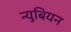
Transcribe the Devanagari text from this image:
न्युबियन